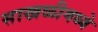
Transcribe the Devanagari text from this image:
साखळीमध्ये